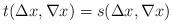
LaTeX: \begin{align*}t(\Delta x,\nabla x)=s(\Delta x,\nabla x) \end{align*}